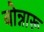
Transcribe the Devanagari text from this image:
बोन्नारू